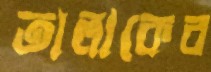
তালাকের